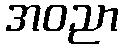
အဝညာ